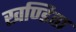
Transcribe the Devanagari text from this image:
खण्डिता